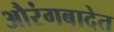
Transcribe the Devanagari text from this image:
औरंगबादेत